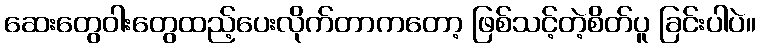
ဆေးတွေဝါးတွေထည့်ပေးလိုက်တာကတော့ ဖြစ်သင့်တဲ့စိတ်ပူ ခြင်းပါပဲ။